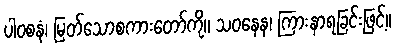
ပါဝစနံ၊ မြတ်သောစကားတော်ကို။ သဝနေန၊ ကြားနာရခြင်းဖြင့်။